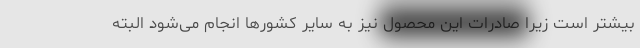
بیشتر است زیرا صادرات این محصول نیز به سایر کشورها انجام می‌شود البته